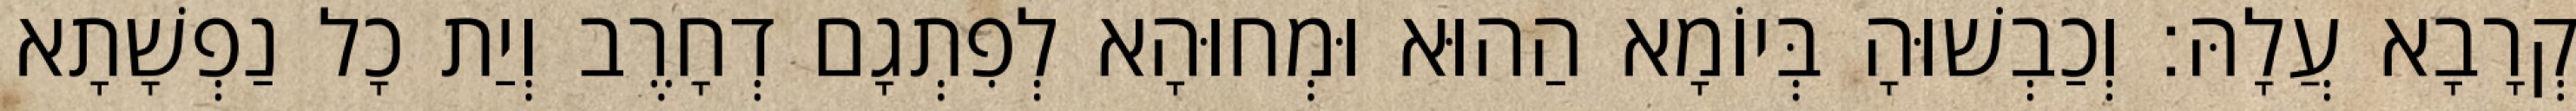
קְרָבָא עֲלָהּ׃ וְכַבְשׁוּהָ בְּיוֹמָא הַהוּא וּמְחוּהָא לְפִתְגָם דְחָרֶב וְיַת כָל נַפְשָׁתָא